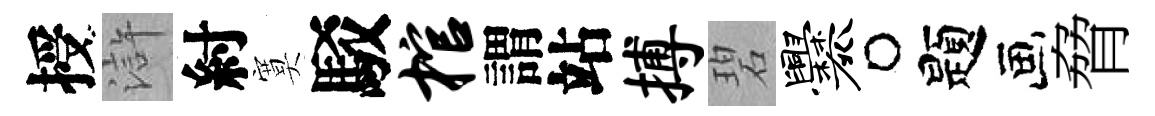
授滸紂寞駁棺謂站搏碧爨题脅